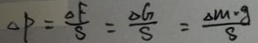
\Delta P = \frac { \Delta F } { S } = \frac { \Delta G } { S } = \frac { \Delta M \cdot g } { S }